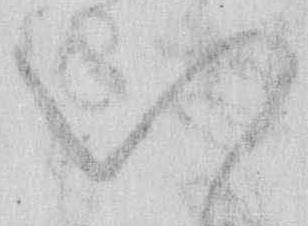
い